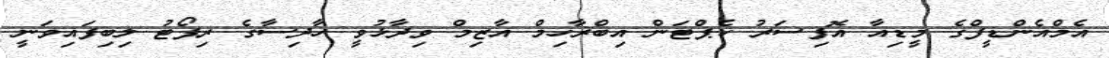
އެމްއެންޑީފްގެ މީޑިއާ އޮފިސަރު ކެޕްޓަން އިބްރާހިމް އާޒިމް ވިދާޅުވީ ހާދިސާގެ ރިޕޯޓު ލިބިފައިވަނީ